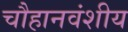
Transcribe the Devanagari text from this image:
चौहानवंशीय